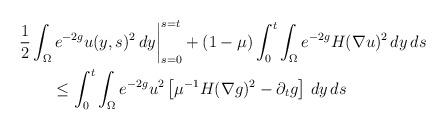
LaTeX: \begin{align*} & \frac{1}{2}\int_\Omega e^{-2g}u(y,s)^2\,dy\biggr|_{s=0}^{s=t} +(1-\mu)\int_0^t\int_\Omega e^{-2g}H(\nabla u)^2\,dy\,ds\\ & \qquad \le \int_0^t\int_\Omega e^{-2g}u^2\left[\mu^{-1}H(\nabla g)^2-\partial_t g\right]\,dy\,ds\end{align*}